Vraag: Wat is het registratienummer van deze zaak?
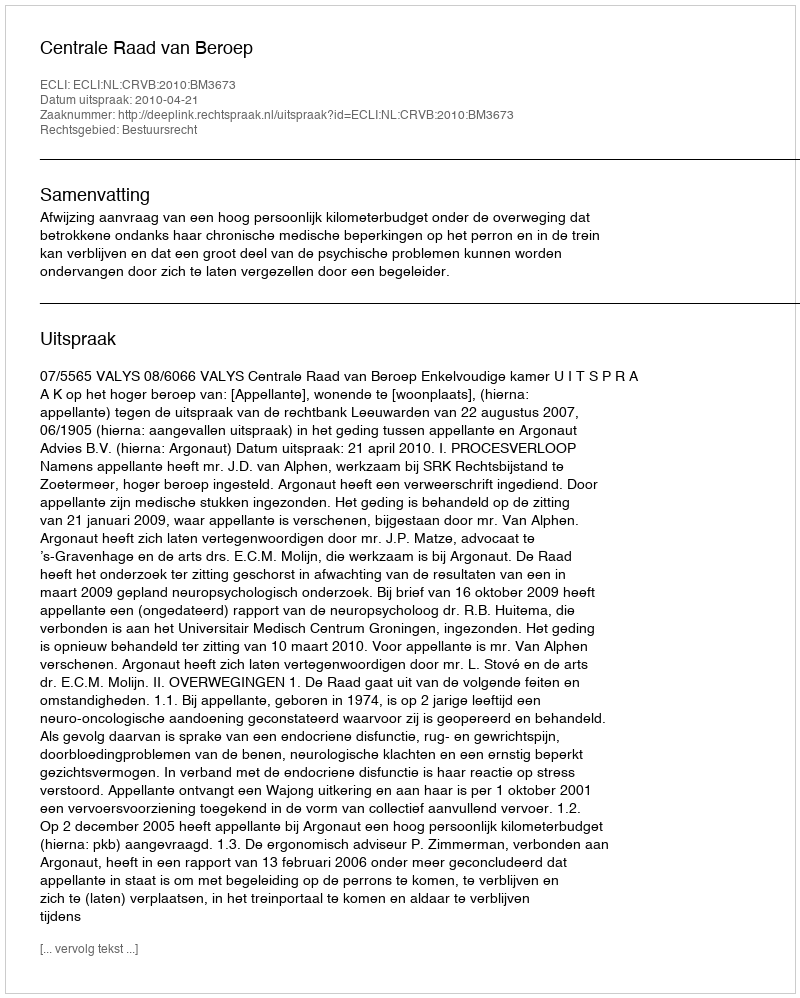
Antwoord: http://deeplink.rechtspraak.nl/uitspraak?id=ECLI:NL:CRVB:2010:BM3673